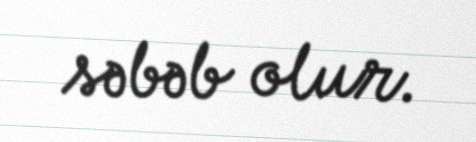
səbəb olur.